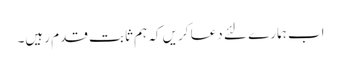
اب ہمارے لئے دعا کریں کہ ہم ثابت قدم رہیں۔